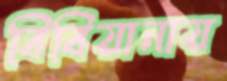
বিবিয়ানায়